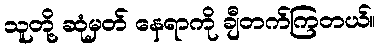
သူတို့ ဆုံမှတ် နေရာကို ချီတက်ကြတယ်။